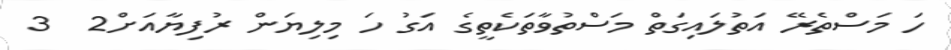
ހަ މަސްތެރޭ އަތުލައިގަތް މަސްތުވާތަކެތީގެ އަގު ހަ މިލިޔަން ރުފިޔާއަށް2  3